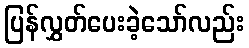
ပြန်လွှတ်ပေးခဲ့သော်လည်း